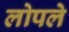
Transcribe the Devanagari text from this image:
लोपले